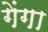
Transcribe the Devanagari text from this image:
गेंगा